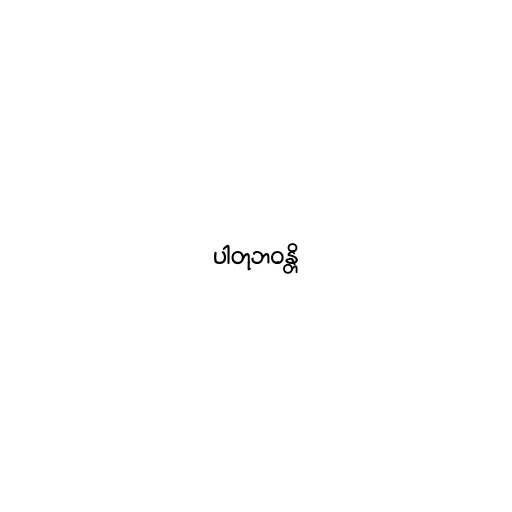
ပါတုဘဝန္တိ